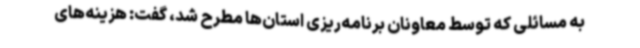
به مسائلی که توسط معاونان برنامه‌ریزی استان‌ها مطرح شد، گفت: هزینه‌های